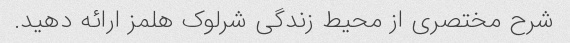
شرح مختصری از محیط زندگی شرلوک هلمز ارائه دهید.